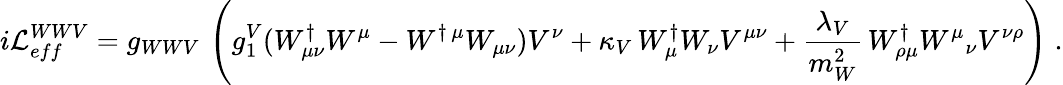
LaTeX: i{\cal L}_{eff}^{WWV}=g_{WWV}\, \left(g_{1}^{V}(W_{\mu\nu}^{\dagger}W^{\mu}-W^{\dagger\, \mu}W_{\mu\nu})V^{\nu}+\kappa_{V}\, W_{\mu}^{\dagger}W_{\nu}V^{\mu\nu}+{\frac{\lambda_{V}}{m_{W}^{2}}}\, W_{\rho\mu}^{\dagger}{W^{\mu}}_{\nu}V^{\nu\rho}\right)\; .